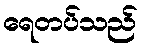
ရေတပ်သည်